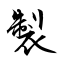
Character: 製